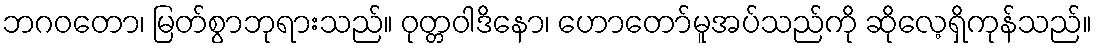
ဘဂဝတော၊ မြတ်စွာဘုရားသည်။ ဝုတ္တဝါဒိနော၊ ဟောတော်မူအပ်သည်ကို ဆိုလေ့ရှိကုန်သည်။